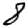
Digit: 8